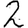
Digit: 2